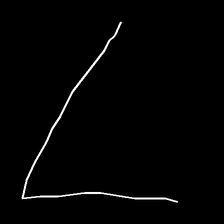
Glyph: region